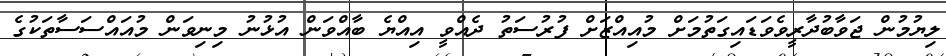
ލިޔުމުން ޖަވާބުދާރީވެވަޑައިގަތުމަށް މުއިއްޒަށް ފުރުސަތު ދެއްވީ އިއްޔެ ބާއްވަން އުޅުނު މިނިވަން މުއައްސަސާތަކުގެ